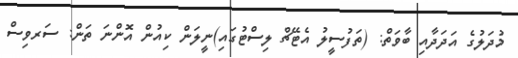
މުދަލުގެ އަދަދާއި ބާވަތް: (ތަފުސީލު އެޓޭޗް ލިސްޓުގައި)ނީލަން ކިއުން އޮންނަ ތަން: ސަރވިސް